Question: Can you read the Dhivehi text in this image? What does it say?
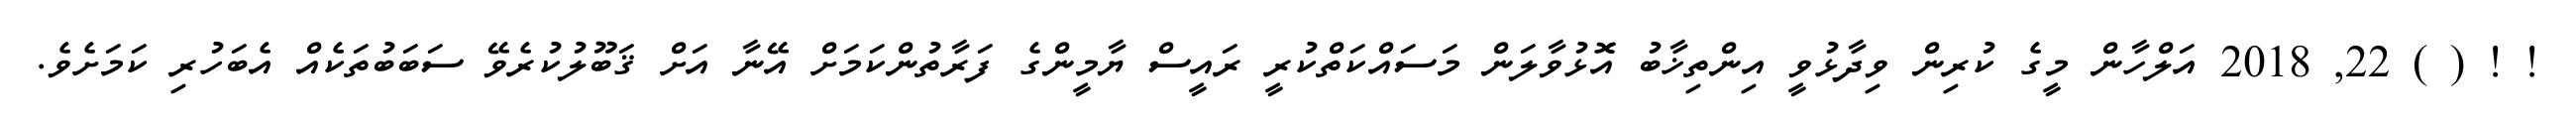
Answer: ! ! ( ) 22, 2018 އަލްހާން މީގެ ކުރިން ވިދާޅުވީ އިންތިޚާބު އޮޅުވާލަން މަސައްކަތްކުރީ ރައީސް ޔާމީންގެ ފަރާތުންކަމަށް އޭނާ އަށް ޤަބޫލުކުރެވޭ ސަބަބުތަކެއް އެބަހުރި ކަމަށެވެ.